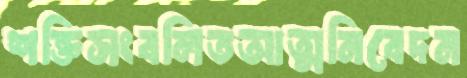
শক্তিসংবলিতআত্মনিবেদন